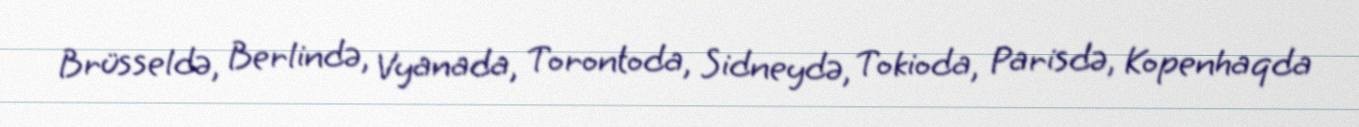
Brüsseldə, Berlində, Vyanada, Torontoda, Sidneydə, Tokioda, Parisdə, Kopenhaqda